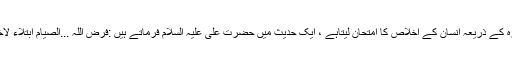
خداوندعالم نے اسی اخلاص کی تثبیت کے لئے روزہ کا فریضہ عائد کیاہے ، در اصل خدا اس روزہ کے ذریعہ انسان کے اخلاص کا امتحان لیتاہے ، ایک حدیث میں حضرت علی علیہ السلام فرماتے ہیں :فرض اللہ ...الصیام ابتلاء لاخلاص الخلق ''خداوندعالم نے بندوں کے اخلاص کا امتحان لینے کے لئے روزے کو واجب کیاہے ''۔